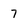
Character: 7